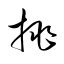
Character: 挑